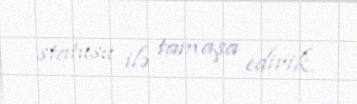
statusu ilə tamaşa edirik.